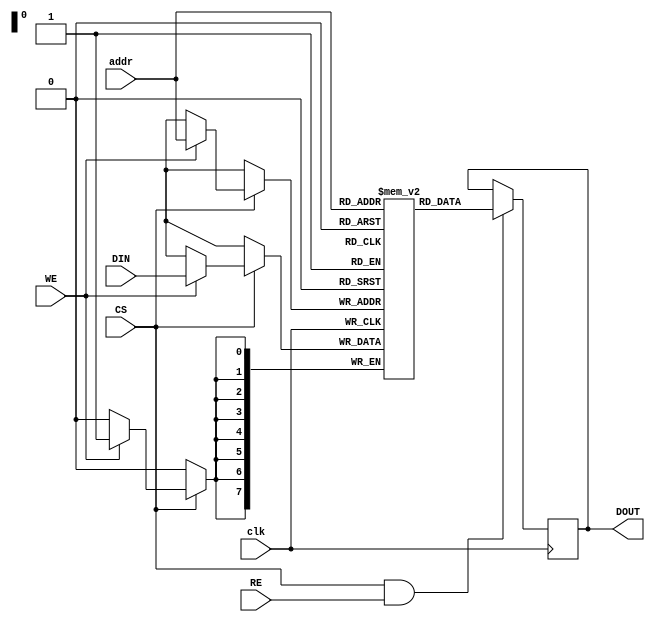
module SRAM #(
    parameter WIDTH = 8,   // Number of bits per word
    parameter DEPTH = 256   // Number of words
)(
    input wire clk,         // Clock signal
    input wire CS,          // Chip Select
    input wire WE,          // Write Enable
    input wire RE,          // Read Enable
    input wire [7:0] addr,  // Address input (8 bits for depth up to 256)
    input wire [WIDTH-1:0] DIN, // Data input
    output reg [WIDTH-1:0] DOUT // Data output
);

    // Memory array
    reg [WIDTH-1:0] memory [0:DEPTH-1];

    // Read/Write operations
    always @(posedge clk) begin
        if (CS) begin
            if (WE) begin
                // Write operation
                memory[addr] <= DIN;
            end
        end
    end

    always @(negedge clk) begin
        if (CS && RE) begin
            // Read operation
            DOUT <= memory[addr];
        end
    end

    // Optional: Low-power mode (not implemented in this basic example)
    // Implement power management features as needed

    // Optional: Built-in self-test (BIST) capabilities (not implemented in this basic example)
    // Implement BIST features as needed

endmodule